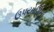
ઉપયોગિતા